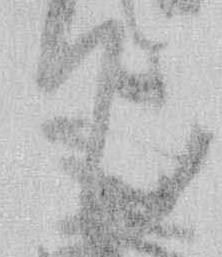
て